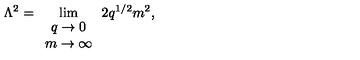
\Lambda ^ { 2 } = \lim _ { \begin{array} { c } { q \rightarrow 0 } \\ { m \rightarrow \infty } \\ \end{array} } 2 q ^ { 1 / 2 } m ^ { 2 } ,